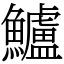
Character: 鱸